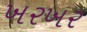
ખરખર